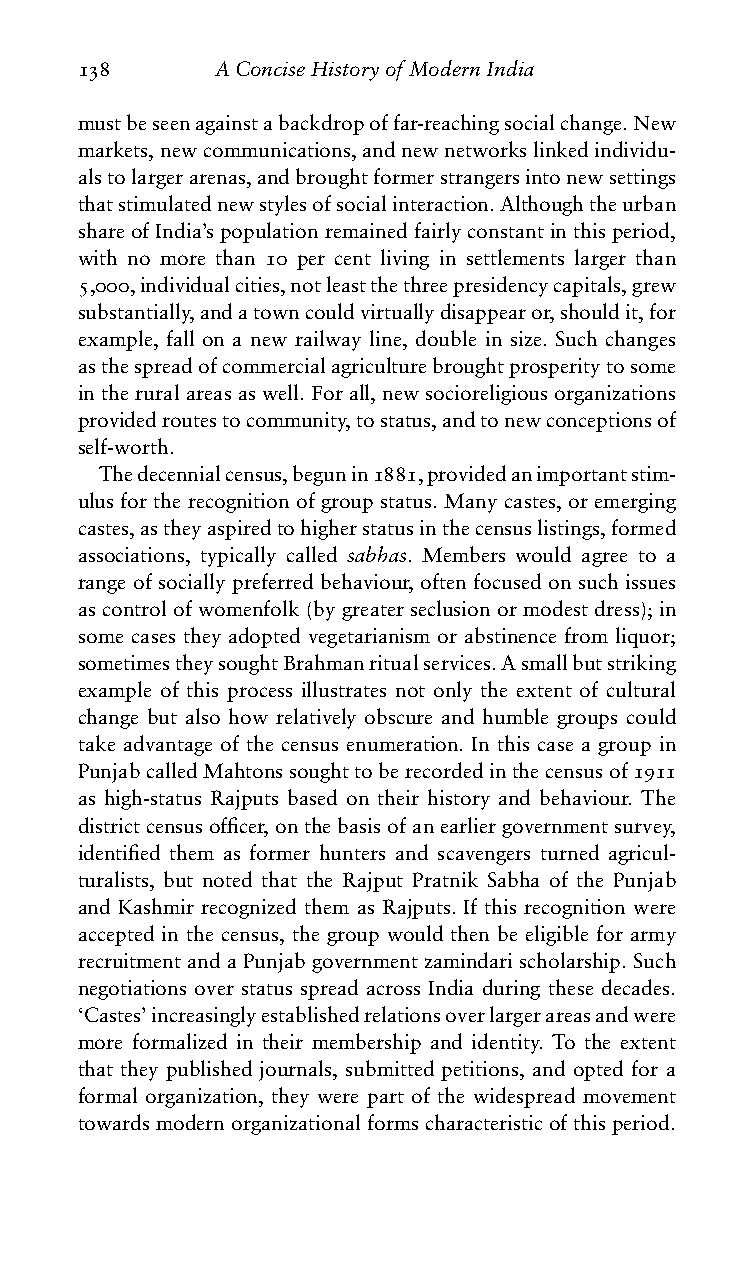
138      AConciseHistoryofModernIndia
 mustbeseenagainstabackdropoffar-reachingsocialchange.New
 markets,newcommunications,andnewnetworkslinkedindividu-
 alstolargerarenas,andbroughtformerstrangersintonewsettings
 thatstimulatednewstylesofsocialinteraction.Althoughtheurban
 shareofIndia’spopulationremainedfairlyconstantinthisperiod,
 with no more than 10 per cent living in settlements larger than
 5,000,individualcities,notleastthethreepresidencycapitals,grew
 substantially,andatowncouldvirtuallydisappearor,shouldit,for
 example, fall on a new railway line, double in size. Such changes
 asthespreadofcommercialagriculturebroughtprosperitytosome
 in the rural areas as well. For all, new socioreligious organizations
 providedroutestocommunity,tostatus,andtonewconceptionsof
 self-worth.
 Thedecennialcensus,begunin1881,providedanimportantstim-
 ulus for the recognition of group status. Many castes, or emerging
 castes,astheyaspiredtohigherstatusinthecensuslistings,formed
 associations, typically called sabhas. Members would agree to a
 range of socially preferred behaviour, often focused on such issues
 as control of womenfolk (by greater seclusion or modest dress); in
 some cases they adopted vegetarianism or abstinence from liquor;
 sometimestheysoughtBrahmanritualservices.Asmallbutstriking
 example of this process illustrates not only the extent of cultural
 change but also how relatively obscure and humble groups could
 take advantage of the census enumeration. In this case a group in
 PunjabcalledMahtonssoughttoberecordedinthecensusof1911
 as high-status Rajputs based on their history and behaviour. The
 districtcensusofficer,onthebasisofanearliergovernmentsurvey,
 identified them as former hunters and scavengers turned agricul-
 turalists, but noted that the Rajput Pratnik Sabha of the Punjab
 and Kashmir recognized them as Rajputs. If this recognition were
 accepted in the census, the group would then be eligible for army
 recruitmentandaPunjabgovernmentzamindarischolarship.Such
 negotiations over status spread across India during these decades.
 ‘Castes’increasinglyestablishedrelationsoverlargerareasandwere
 more formalized in their membership and identity. To the extent
 that they published journals, submitted petitions, and opted for a
 formal organization, they were part of the widespread movement
 towardsmodernorganizationalformscharacteristicofthisperiod.